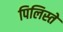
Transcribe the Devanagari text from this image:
पिलिस्ते